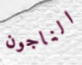
الناجون